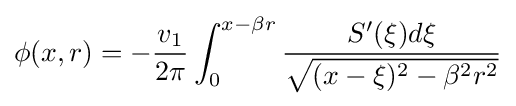
\phi (x,r)=-{\frac {v_{1}}{2\pi }}\int _{0}^{x-\beta r}{\frac {S'(\xi )d\xi }{\sqrt {(x-\xi )^{2}-\beta ^{2}r^{2}}}}